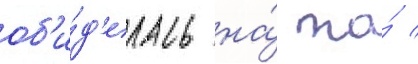
об'и́д'елась на́ то́ /